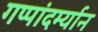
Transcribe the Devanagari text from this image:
गप्पांदर्म्यान